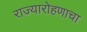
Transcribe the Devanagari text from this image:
राज्यारोहणाचा